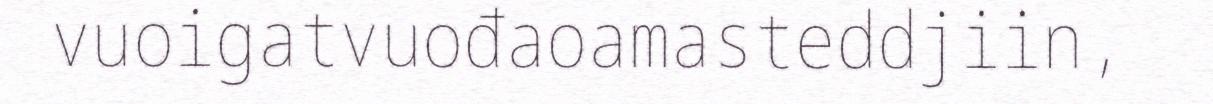
vuoigatvuođaoamasteddjiin,